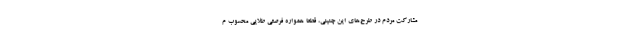
مشارکت مردم در طرح‌های این چنینی، قطعا همواره فرصتی طلایی محسوب م